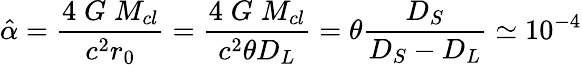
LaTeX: \hat{\alpha}=\frac{4\; G\; M_{cl}}{c^{2}r_{0}}=\frac{4\; G\; M_{cl}}{c^{2}\theta D_{L}}=\theta\frac{D_{S}}{D_{S}-D_{L}}\simeq 10^{-4}